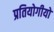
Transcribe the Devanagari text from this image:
प्रतियोगीयो